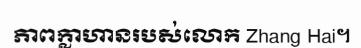
ភាពក្លាហានរបស់លោក Zhang Hai។